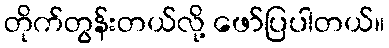
တိုက်တွန်းတယ်လို့ ဖော်ပြပါတယ်။